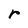
Character: r